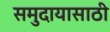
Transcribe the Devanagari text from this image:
समुदायासाठी